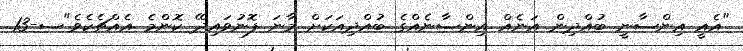
"އެއީ އިންސާނީ ބުއްދިން އަނެއް އިންސާނެއްގެ ބުއްދިއަކަށް މާނަ ފޮނުވައިދޭ ކޮންމެ އެއްޗެކެވެ"ސ-13.